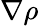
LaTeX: \nabla\rho